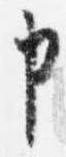
申